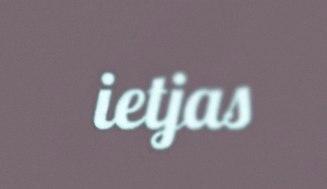
ietjas